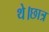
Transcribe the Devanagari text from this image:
थे।छात्र